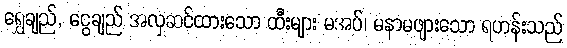
ရွှေချည်, ငွေချည် အလှဆင်ထားသော ထီးများ မအပ်၊ မနာမဖျားသော ရဟန်းသည်